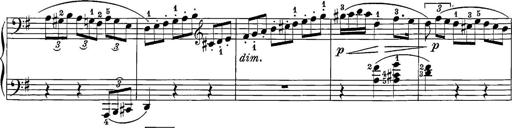
Title: 12 Sonatine per Pianoforte
Composer: Friedrich Kuhlau